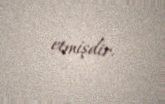
etmişdir.